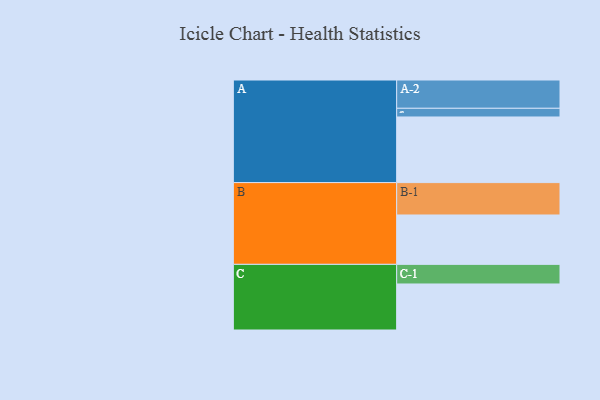
{"axis": {"x": "Segment", "y": "Value"}, "legend": ["", "A", "B", "C"], "data": [{"x": "A", "y": 529, "type": ""}, {"x": "B", "y": 398, "type": ""}, {"x": "C", "y": 371, "type": ""}, {"x": "A-1", "y": 70, "type": "A"}, {"x": "A-2", "y": 228, "type": "A"}, {"x": "B-1", "y": 261, "type": "B"}, {"x": "C-1", "y": 158, "type": "C"}]}